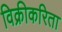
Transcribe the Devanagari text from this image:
विक्रीकरिता